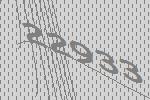
22933